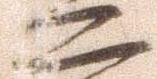
二